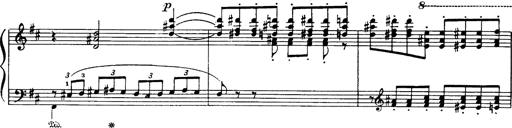
Title: Danza sacra e duetto finale dâ€™Aida
Composer: Franz Liszt